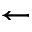
\leftarrow